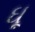
ઘૂ